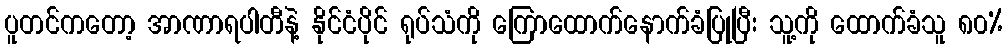
ပူတင်ကတော့ အာဏာရပါတီနဲ့ နိုင်ငံပိုင် ရုပ်သံကို ကြောထောက်နောက်ခံပြုပြီး သူ့ကို ထောက်ခံသူ ၈၀%